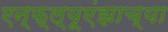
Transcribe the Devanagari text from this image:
एन्फ्ल्यूएंझाच्या